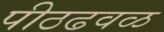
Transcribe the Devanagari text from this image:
पीठढवळ